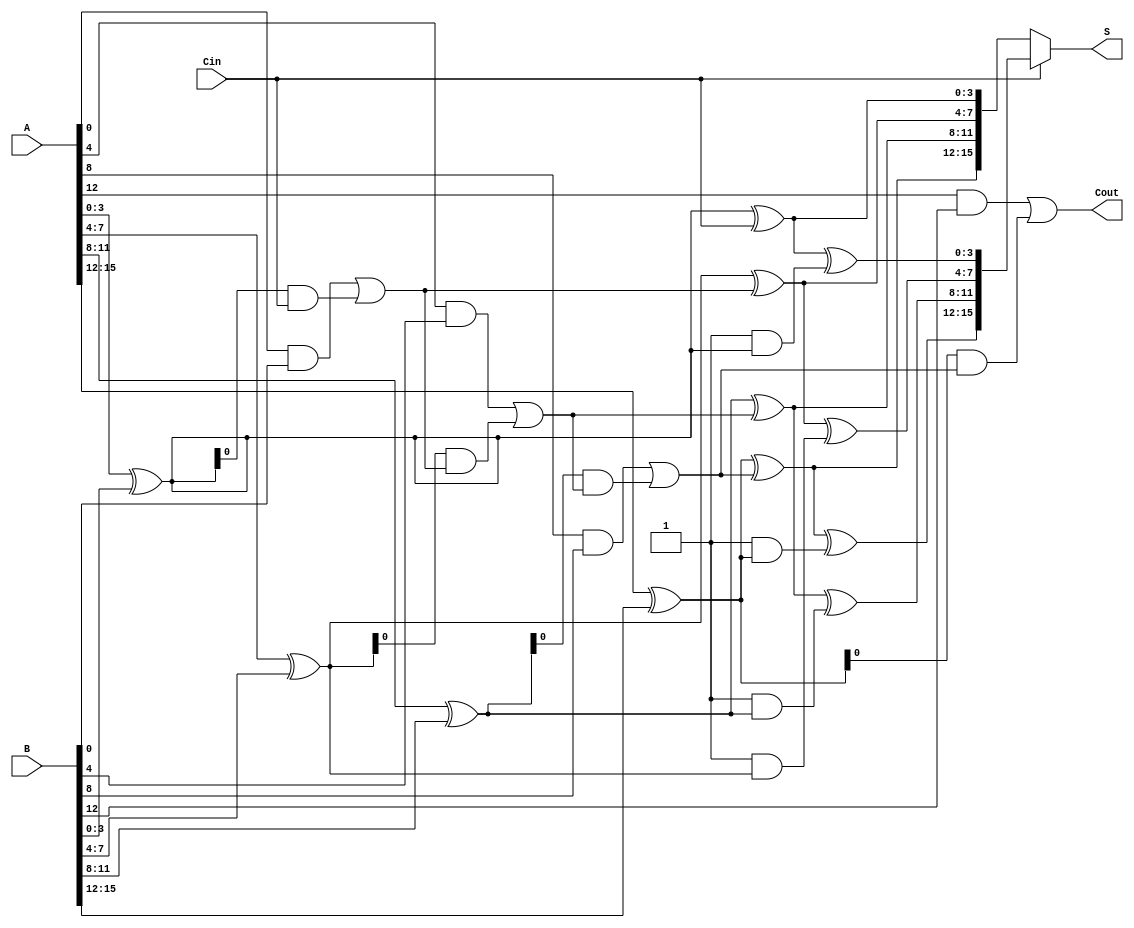
module CarrySelectAdder #(parameter n = 16, parameter m = 4) (
    input [n-1:0] A,
    input [n-1:0] B,
    input Cin,
    output [n-1:0] S,
    output Cout
);
    localparam num_segments = n / m;

    // Internal wires for sums and carries
    wire [n-1:0] S0, S1; // Sums for Cin = 0 and Cin = 1
    wire [num_segments:0] C; // Carry outputs

    // Generate and propagate signals for each segment
    wire [m-1:0] P [0:num_segments-1]; // Propagate signals
    wire [m-1:0] G [0:num_segments-1]; // Generate signals

    // Sum and carry generation for each segment
    genvar i;
    generate
        for (i = 0; i < num_segments; i = i + 1) begin : segment
            wire [m-1:0] A_seg = A[i*m +: m];
            wire [m-1:0] B_seg = B[i*m +: m];

            // Generate and propagate logic
            assign P[i] = A_seg ^ B_seg; // Propagate
            assign G[i] = A_seg & B_seg; // Generate

            // Compute sums assuming Cin = 0
            assign S0[i*m +: m] = P[i] ^ C[i]; // Sum for Cin = 0
            assign S1[i*m +: m] = S0[i*m +: m] ^ (1'b1 & P[i]); // Sum for Cin = 1

            // Carry computation
            assign C[i+1] = G[i] | (P[i] & C[i]); // Carry out for the next segment
        end
    endgenerate

    // Compute final carry out
    assign Cout = C[num_segments];

    // Multiplexer to select the final sums based on Cin
    assign S = Cin ? S1 : S0;

    // Initial carry
    assign C[0] = Cin;

endmodule